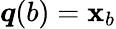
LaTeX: {\boldsymbol{q}}(b)={\boldsymbol{\mathbf{x}}}_{b}